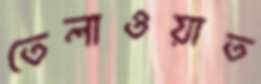
তেলাওয়াত